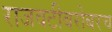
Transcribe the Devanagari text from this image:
राजवटीबरोबरच